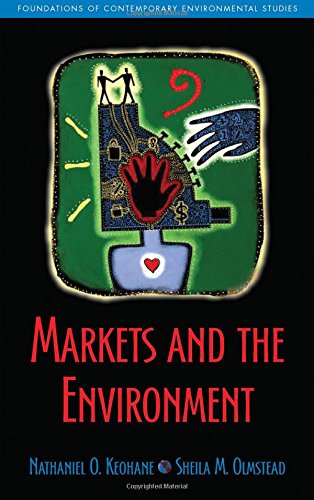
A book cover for Markets and the Environment (Foundations of Contemporary Environmental Studies Series); Mr. Nathaniel O. Keohane; Business & Money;